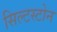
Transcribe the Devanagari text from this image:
सिल्टस्टोन